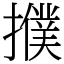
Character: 𢷏